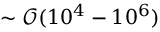
\sim \mathcal { O } ( 1 0 ^ { 4 } - 1 0 ^ { 6 } )